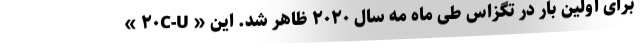
« ۲۰C-U » برای اولین بار در تگزاس طی ماه مه سال ۲۰۲۰ ظاهر شد. این